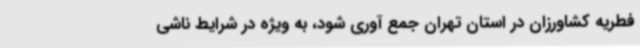
فطریه کشاورزان در استان تهران‌ جمع آوری شود، به ویژه در شرایط ناشی